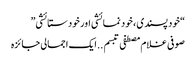
“خود پسندی ، خود نمائشی اور خود ستائشی”
صوفی غلام مصطفی تبسم ..ایک اجمالی جائزہ